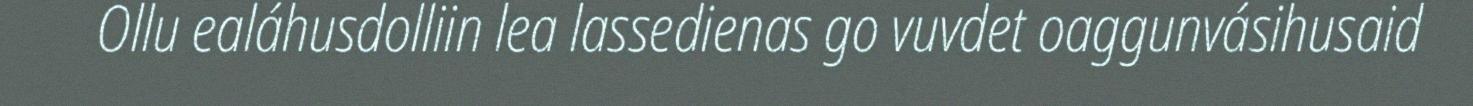
Ollu ealáhusdolliin lea lassedienas go vuvdet oaggunvásihusaid